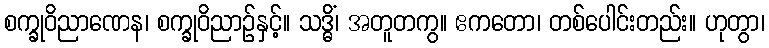
စက္ခုဝိညာဏေန၊ စက္ခုဝိညာဉ်နှင့်။ သဒ္ဓိံ၊ အတူတကွ။ ဧကတော၊ တစ်ပေါင်းတည်း။ ဟုတွာ၊